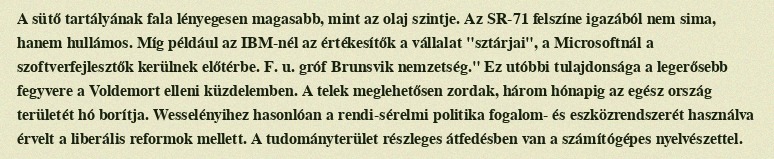
A sütő tartályának fala lényegesen magasabb, mint az olaj szintje. Az SR-71 felszíne igazából nem sima, hanem hullámos. Míg például az IBM-nél az értékesítők a vállalat "sztárjai", a Microsoftnál a szoftverfejlesztők kerülnek előtérbe. F. u. gróf Brunsvik nemzetség." Ez utóbbi tulajdonsága a legerősebb fegyvere a Voldemort elleni küzdelemben. A telek meglehetősen zordak, három hónapig az egész ország területét hó borítja. Wesselényihez hasonlóan a rendi-sérelmi politika fogalom- és eszközrendszerét használva érvelt a liberális reformok mellett. A tudományterület részleges átfedésben van a számítógépes nyelvészettel.